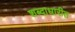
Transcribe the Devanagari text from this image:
शब्दाधारीत